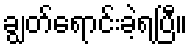
ချွတ်ရောင်းခဲ့ရပြီ။